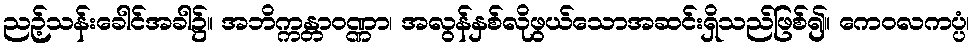
ညဉ့်သန်းခေါင်အခါ၌။ အဘိက္ကန္တာဝဏ္ဏာ၊ အလွန်နှစ်လိုဖွယ်သောအဆင်းရှိသည်ဖြစ်၍။ ကေဝလကပ္ပံ၊